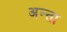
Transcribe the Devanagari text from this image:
अन्ता